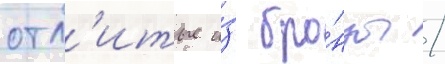
отл'итые и́з бро́нзы /